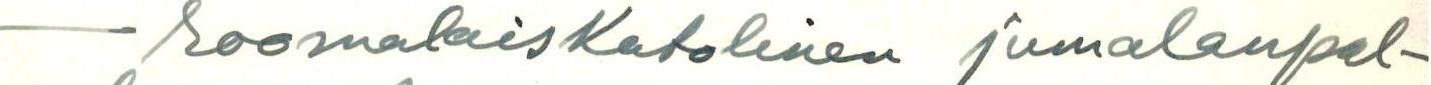
- roomalaisKatolinen jumalanpal-